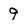
Character: 9